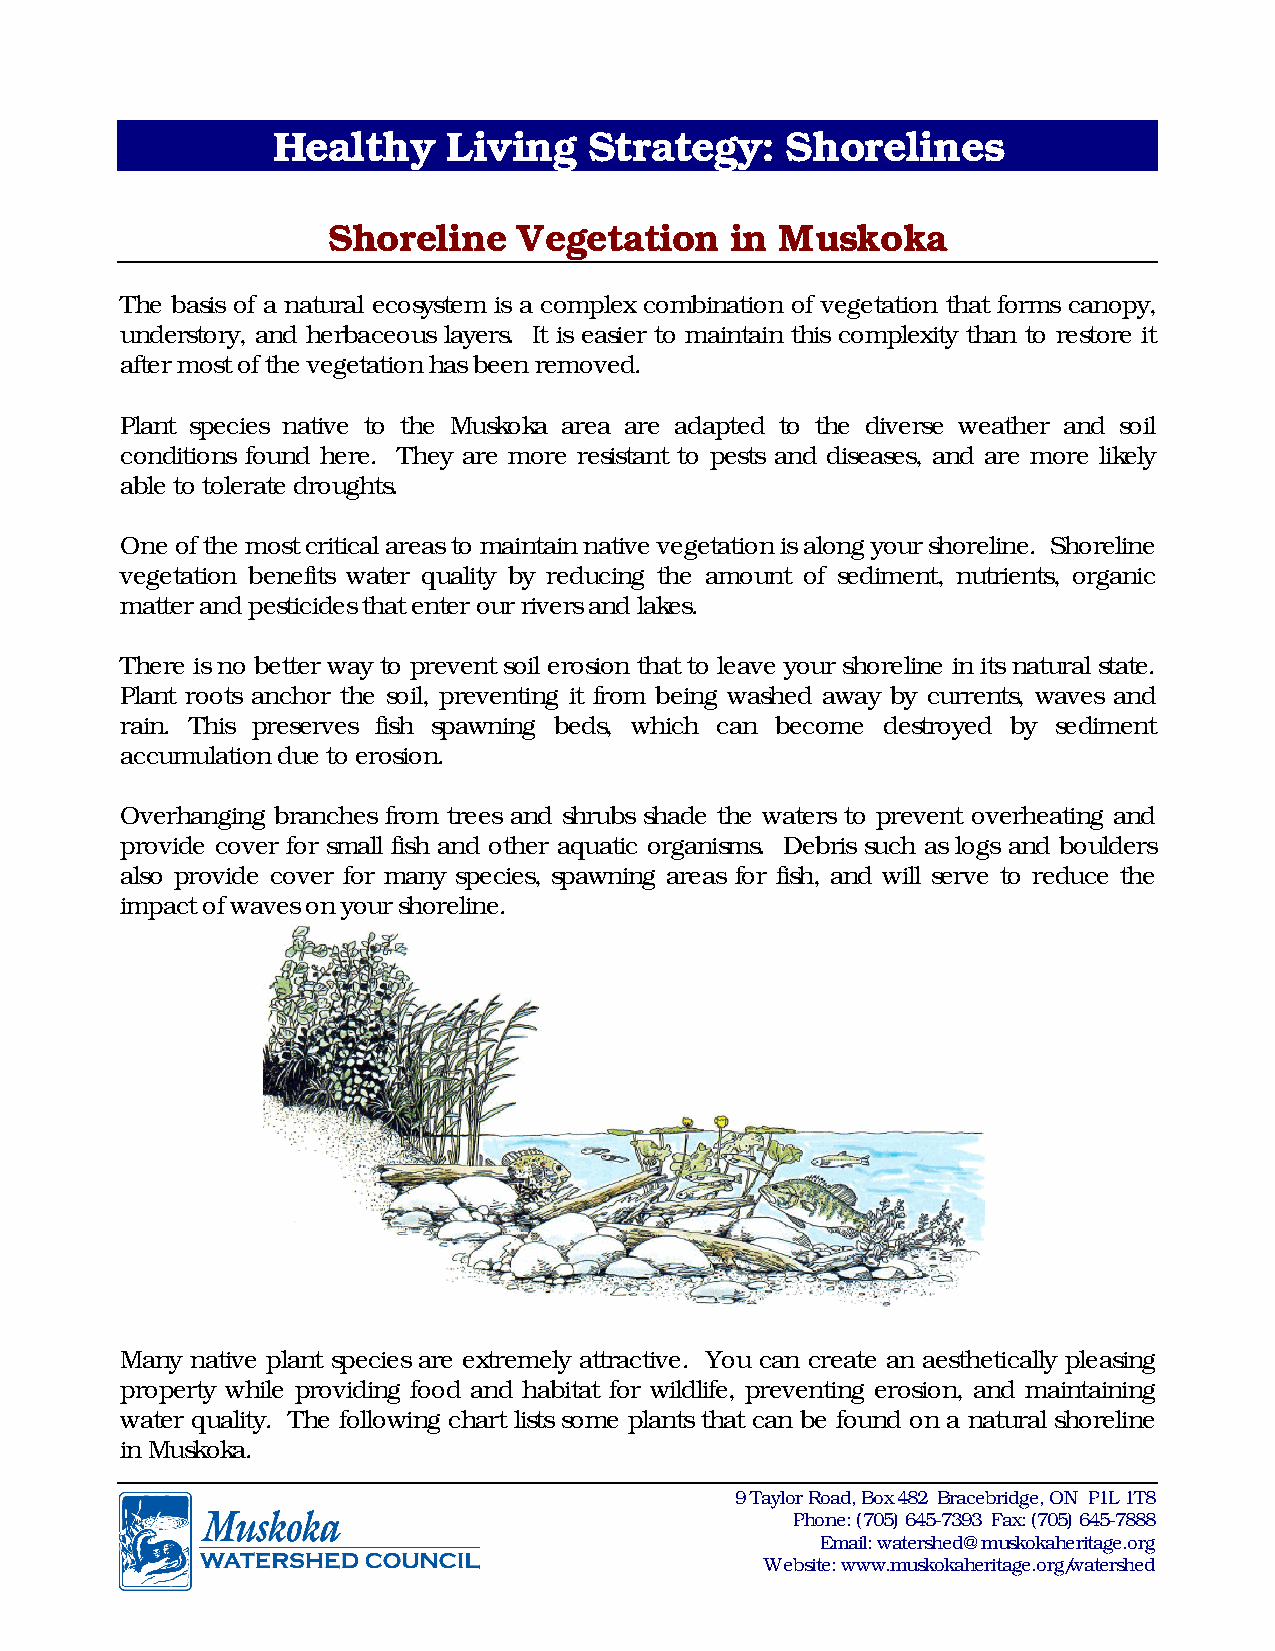
Healthy     Living   Strategy:    Shorelines
 Shoreline   Vegetation    in  Muskoka
 The basis of a natural ecosystem is a complex combination of vegetation that forms canopy,
 understory, and herbaceous layers. It is easier to maintain this complexity than to restore it
 after most of the vegetation has been removed.
 Plant species native to the Muskoka area are adapted to the diverse weather and soil
 conditions found here. They are more resistant to pests and diseases, and are more likely
 able to tolerate droughts.
 One of the most critical areas to maintain native vegetation is along your shoreline. Shoreline
 vegetation benefits water quality by reducing the amount of sediment, nutrients, organic
 matter and pesticides that enter our rivers and lakes.
 There is no better way to prevent soil erosion that to leave your shoreline in its natural state.
 Plant roots anchor the soil, preventing it from being washed away by currents, waves and
 rain. This preserves fish spawning beds, which can become destroyed by sediment
 accumulation due to erosion.
 Overhanging branches from trees and shrubs shade the waters to prevent overheating and
 provide cover for small fish and other aquatic organisms. Debris such as logs and boulders
 also provide cover for many species, spawning areas for fish, and will serve to reduce the
 impact of waves on your shoreline.
 Many native plant species are extremely attractive. You can create an aesthetically pleasing
 property while providing food and habitat for wildlife, preventing erosion, and maintaining
 water quality. The following chart lists some plants that can be found on a natural shoreline
 in Muskoka.
 9 Taylor Road, Box 482 Bracebridge, ON P1L 1T8
 Phone: (705) 645-7393 Fax: (705) 645-7888
 Email: watershed@muskokaheritage.org
 Website: www.muskokaheritage.org/watershed